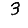
Digit: 3